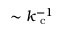
\sim k _ { \mathrm { ~ c ~ } } ^ { - 1 }